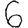
Digit: 6